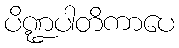
ပိဏ္ဍပါတိကာပေ